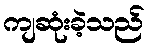
ကျဆုံးခဲ့သည်